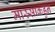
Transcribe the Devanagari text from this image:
मास्साकडुन